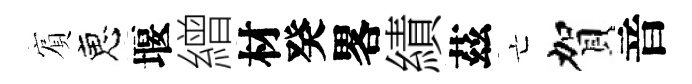
賔恵堰繒材癸畧績茲亡賀音